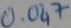
Text: 0.047